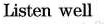
Listen well